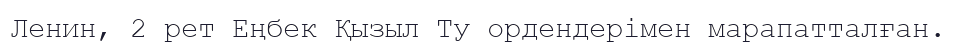
Ленин, 2 рет Еңбек Қызыл Ту ордендерімен марапатталған.